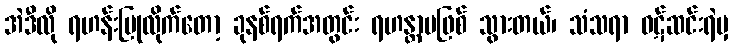
အဲဒီလို ရဟန်းပြုလိုက်တော့ ခုနစ်ရက်အတွင်း ရဟန္တာမဖြစ် သွားတယ်၊ သံသရာ ဝဋ်ဆင်းရဲမှ